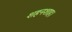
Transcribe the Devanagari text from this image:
शहनशाह।